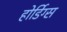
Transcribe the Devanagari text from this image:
होर्डिग्स